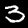
Digit: 3